Report of cholera committee
Disease focus: Cholera
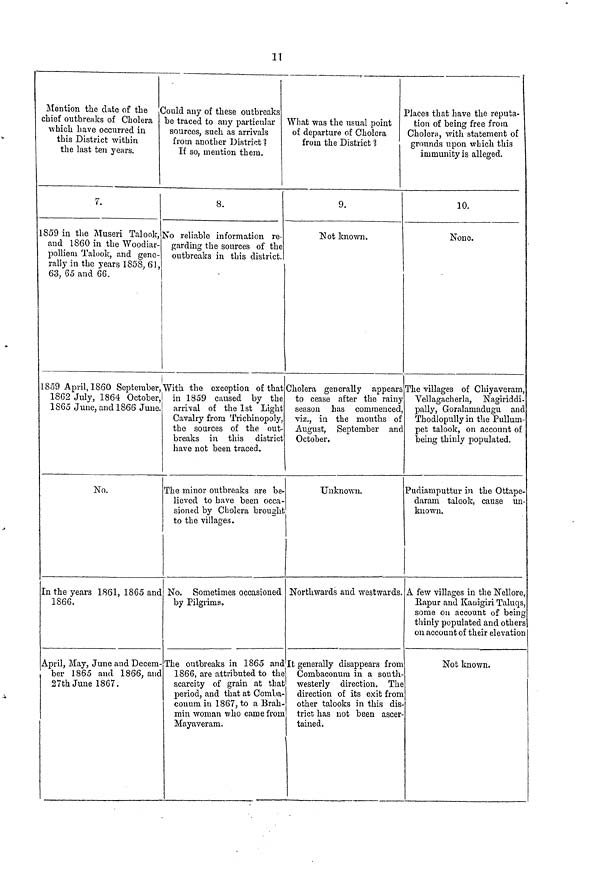
11
Mention the elate of the
chief outbreaks of Cholera
which, have occurred in
this District within
the last ten years.
7.
1859 in the Museri Talook,
and 1860 in the Woodiar-
pollienu Talook, and gene-
rally in the years 1858, 61,
63, 65 and 66.
1859 April, 1860 September,
1862 July, 1864 October,
1865 June, and 1866 June.
No.
In the years 1861, 1865 and
1866.
April, May, June and Decem-
ber 1865 and 1866, and
27th June 1867.
Could any of these outbreaks
be traced to any particular
sources, such as arrivals
from another District
If so, mention them.
8.
So reliable information re-
garding the sources of the
outbreaks in this district.
With, the exception of that
in 1859 caused by the
arrival of the 1st Light
Cavalry from Trichinopoly,
the sources of the out-
breaks in this district
have not been traced.
The minor outbreaks are be-
lieved to have been occa-
sioned by Cholera brought
to the villages.
No. Sometimes occasioned
by Pilgrims.
The outbreaks in 1865 and
What was the usual point
of departure of Cholera
from the District %
9.
Not known.
Cholera generally appears
to cease after the rainy
season has commenced,
viz., in the months of
August, September and
October,
Unknown.
Northwards and westwards.
It generally disappears from
1866, are attributed to the Combaconum in a south-
scarcity of grain at that
period, and that at Comba-
conum in 1867, to a Brah-
min woman who came from
Mayaveram.
westerly direction. The
direction of its exit fron 1
other talooks in this dis
trict has not been ascer
tained.
Places that have the reputa-
tion of being free from
Cholera, with statement of
grounds upon which this
immunity is alleged.
10.
None.
The villages of Chiyaveram,
Vellagacherla, Nagiriddi-
pally, Goralamadugu and
Thodlopully in the Pullum-
pet talook, on account of
being thinly populated.
Pudiamputtur in the Ottape-
daram talook, cause un-
known.
A few villages in the Nellore,
Rapur and Kauigiri Taluqs,
some on account of being
thinly populated and others
on account of their elevation
Not known.